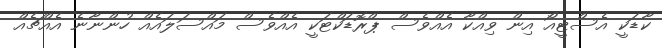
ކާޑަކީ އެސްޓީއޯ އިން ވިއްކާ އެއްވެސް ޕްރޮޑަކްޓަކީ އެއްވެސް މައްސަލައެއް ހުންނާނެ އެއްޗެއް